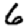
Digit: 6